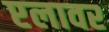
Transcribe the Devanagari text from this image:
प्टलावर